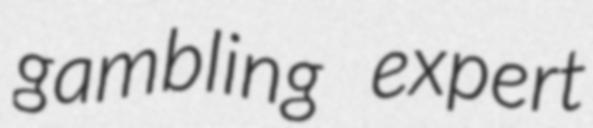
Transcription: gambling expert